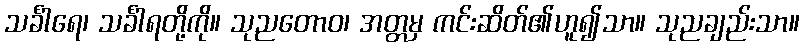
သင်္ခါရေ၊ သင်္ခါရတို့ကို။ သုညတောဝ၊ အတ္တမှ ကင်းဆိတ်၏ဟူ၍သာ။ သုညချည်းသာ။